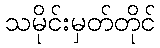
သမိုင်းမှတ်တိုင်